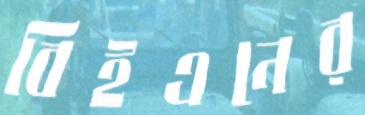
বিইএনের